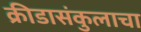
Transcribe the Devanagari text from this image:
क्रीडासंकुलाचा